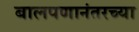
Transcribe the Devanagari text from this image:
बालपणानंतरच्या